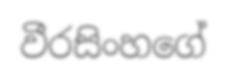
වීරසිංහගේ